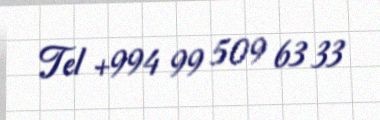
Tel +994 99 509 63 33